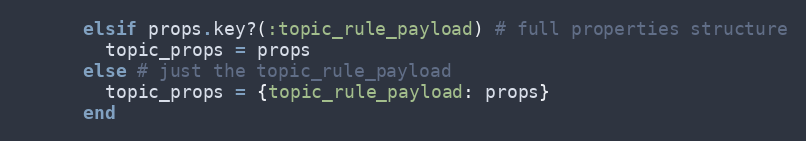
Language: Ruby
      elsif props.key?(:topic_rule_payload) # full properties structure
        topic_props = props
      else # just the topic_rule_payload
        topic_props = {topic_rule_payload: props}
      end